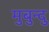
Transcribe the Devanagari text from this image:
मुबुन्दु